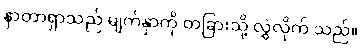
နာတာရှာသည် မျက်နှာကို တခြားသို့ လွှဲလိုက် သည်။